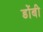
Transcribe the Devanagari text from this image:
डोंबी